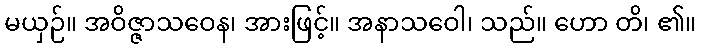
မယှဉ်။ အဝိဇ္ဇာသဝေန၊ အားဖြင့်။ အနာသဝေါ၊ သည်။ ဟော တိ၊ ၏။